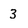
Character: 3